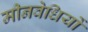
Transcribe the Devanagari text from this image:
मीनवेधियों